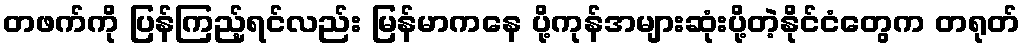
တဖက်ကို ပြန်ကြည့်ရင်လည်း မြန်မာကနေ ပို့ကုန်အများဆုံးပို့တဲ့နိုင်ငံတွေက တရုတ်